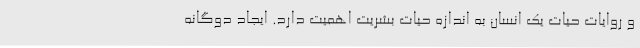
و روایات حیات یک انسان به اندازه حیات بشریت اهمیت دارد. ایجاد دوگانه